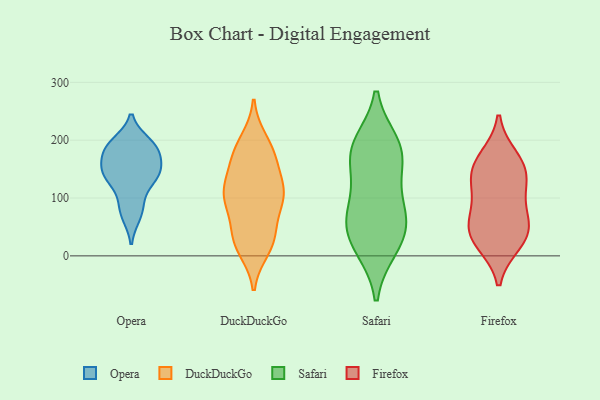
{"axis": {"x": "Satisfaction Score", "y": "Value"}, "legend": ["DuckDuckGo", "Firefox", "Opera", "Safari"], "data": [{"x": "", "y": 190, "type": "Opera"}, {"x": "", "y": 90, "type": "Opera"}, {"x": "", "y": 133, "type": "Opera"}, {"x": "", "y": 142, "type": "Opera"}, {"x": "", "y": 148, "type": "Opera"}, {"x": "", "y": 174, "type": "Opera"}, {"x": "", "y": 183, "type": "Opera"}, {"x": "", "y": 140, "type": "Opera"}, {"x": "", "y": 70, "type": "Opera"}, {"x": "", "y": 195, "type": "Opera"}, {"x": "", "y": 198, "type": "DuckDuckGo"}, {"x": "", "y": 169, "type": "DuckDuckGo"}, {"x": "", "y": 106, "type": "DuckDuckGo"}, {"x": "", "y": 105, "type": "DuckDuckGo"}, {"x": "", "y": 13, "type": "DuckDuckGo"}, {"x": "", "y": 25, "type": "DuckDuckGo"}, {"x": "", "y": 120, "type": "DuckDuckGo"}, {"x": "", "y": 95, "type": "DuckDuckGo"}, {"x": "", "y": 174, "type": "DuckDuckGo"}, {"x": "", "y": 184, "type": "DuckDuckGo"}, {"x": "", "y": 97, "type": "DuckDuckGo"}, {"x": "", "y": 159, "type": "DuckDuckGo"}, {"x": "", "y": 33, "type": "DuckDuckGo"}, {"x": "", "y": 27, "type": "DuckDuckGo"}, {"x": "", "y": 110, "type": "DuckDuckGo"}, {"x": "", "y": 104, "type": "DuckDuckGo"}, {"x": "", "y": 39, "type": "DuckDuckGo"}, {"x": "", "y": 193, "type": "Safari"}, {"x": "", "y": 54, "type": "Safari"}, {"x": "", "y": 14, "type": "Safari"}, {"x": "", "y": 180, "type": "Safari"}, {"x": "", "y": 127, "type": "Safari"}, {"x": "", "y": 60, "type": "Safari"}, {"x": "", "y": 174, "type": "Safari"}, {"x": "", "y": 88, "type": "Safari"}, {"x": "", "y": 16, "type": "Safari"}, {"x": "", "y": 58, "type": "Safari"}, {"x": "", "y": 184, "type": "Safari"}, {"x": "", "y": 152, "type": "Firefox"}, {"x": "", "y": 23, "type": "Firefox"}, {"x": "", "y": 62, "type": "Firefox"}, {"x": "", "y": 108, "type": "Firefox"}, {"x": "", "y": 32, "type": "Firefox"}, {"x": "", "y": 126, "type": "Firefox"}, {"x": "", "y": 37, "type": "Firefox"}, {"x": "", "y": 169, "type": "Firefox"}, {"x": "", "y": 63, "type": "Firefox"}, {"x": "", "y": 150, "type": "Firefox"}]}